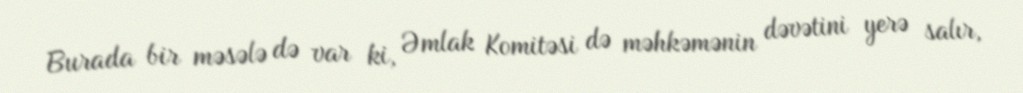
Burada bir məsələ də var ki, Əmlak Komitəsi də məhkəmənin dəvətini yerə salır,